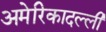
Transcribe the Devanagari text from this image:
अमेरिकादल्ली